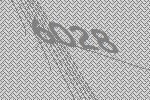
6028